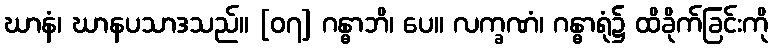
ဃာနံ၊ ဃာနပသာဒသည်။ [၀၇] ဂန္ဓာဘိ၊ ပေ။ လက္ခဏံ၊ ဂန္ဓာရုံ၌ ထိခိုက်ခြင်းကို